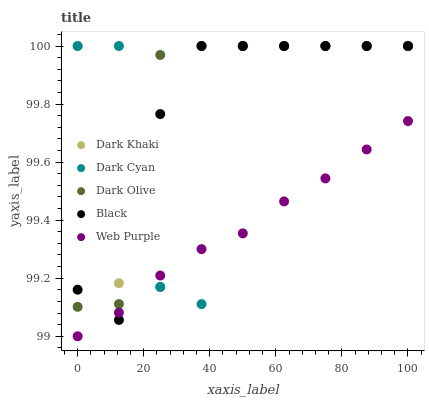
| xaxis_label | Dark Khaki | Dark Cyan | Dark Olive | Black | Web Purple |
 | --- | --- | --- | --- | --- | --- |
 | 0 | 100 | 100 | 99.1 | 99.2 | 99 |
 | 12.5 | 99.2 | 100 | 99.1 | 99.1 | 99.1 |
 | 25 | 99.2 | 99.2 | 100 | 99.8 | 99.2 |
 | 37.5 | 100 | 99.1 | 100 | 100 | 99.3 |
 | 50 | 100 | 100 | 100 | 100 | 99.4 |
 | 62.5 | 100 | 100 | 100 | 100 | 99.5 |
 | 75 | 100 | 100 | 100 | 100 | 99.5 |
 | 87.5 | 100 | 100 | 100 | 100 | 99.6 |
 | 100 | 100 | 100 | 100 | 100 | 99.7 |